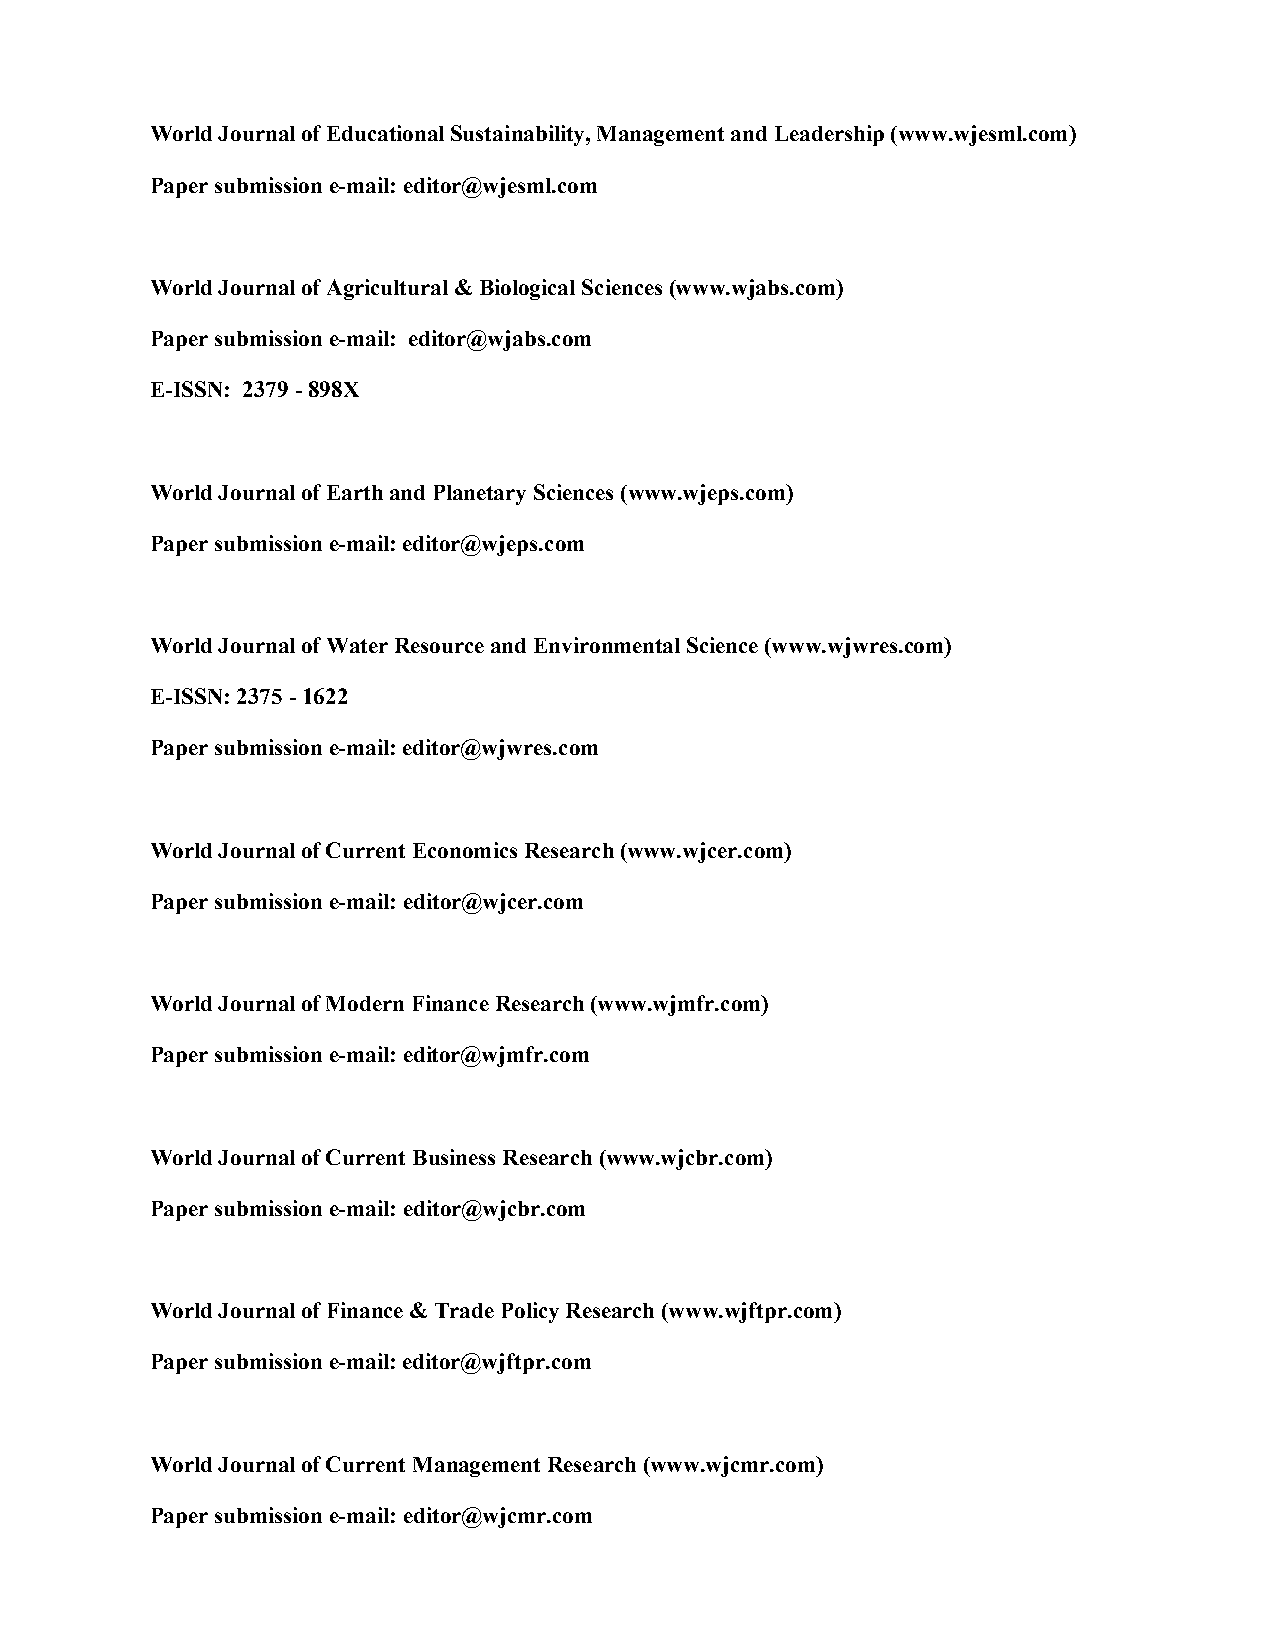
World Journal of Educational Sustainability, Management and Leadership (www.wjesml.com)
 Paper submission e-mail: editor@wjesml.com
 World Journal of Agricultural & Biological Sciences (www.wjabs.com)
 Paper submission e-mail: editor@wjabs.com
 E-ISSN: 2379 - 898X
 World Journal of Earth and Planetary Sciences (www.wjeps.com)
 Paper submission e-mail: editor@wjeps.com
 World Journal of Water Resource and Environmental Science (www.wjwres.com)
 E-ISSN: 2375 - 1622
 Paper submission e-mail: editor@wjwres.com
 World Journal of Current Economics Research (www.wjcer.com)
 Paper submission e-mail: editor@wjcer.com
 World Journal of Modern Finance Research (www.wjmfr.com)
 Paper submission e-mail: editor@wjmfr.com
 World Journal of Current Business Research (www.wjcbr.com)
 Paper submission e-mail: editor@wjcbr.com
 World Journal of Finance & Trade Policy Research (www.wjftpr.com)
 Paper submission e-mail: editor@wjftpr.com
 World Journal of Current Management Research (www.wjcmr.com)
 Paper submission e-mail: editor@wjcmr.com